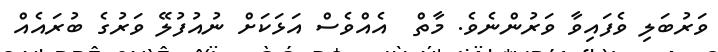
ވަރުބަލި ވެފައިވާ ވަރުންނެވެ. މާތް  އެއްވެސް އަޅަކަށް ނުއުފުލޭ ވަރުގެ ބުރައެއް